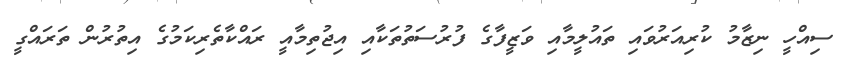
ސިއްހީ ނިޒާމު ކުރިއަރުވައި ތައުލީމާއި ވަޒީފާގެ ފުރުސަތުތަކާއި އިޖުތިމާއީ ރައްކާތެރިކަމުގެ އިތުރުން ތަރައްގީ